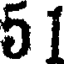
51